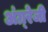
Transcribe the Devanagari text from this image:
अंग्र्रेजी